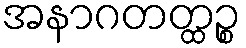
အနာဂတတ္ထဉ္စ